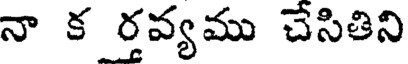
నా క ర్తవ్యము చేసితిని